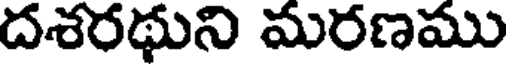
దశరథుని మరణము